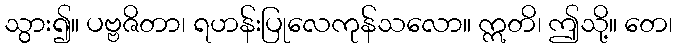
သွား၍။ ပဗ္ဗဇိတာ၊ ရဟန်းပြုလေကုန်သလော။ ဣတိ၊ ဤသို့။ တေ၊